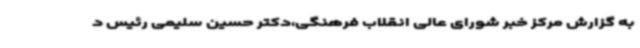
به گزارش مرکز خبر شورای عالی انقلاب فرهنگی،دکتر حسین سلیمی رئیس د